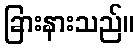
ခြားနားသည်။